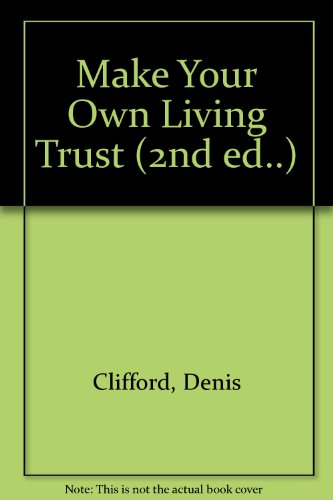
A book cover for Make Your Own Living Trust (2nd ed..); Denis Clifford; Law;